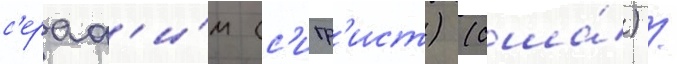
с'ераф'и́м (с'игр'ист) (сша́) /